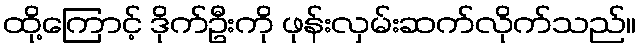
ထို့ကြောင့် ဒိုက်ဦးကို ဖုန်းလှမ်းဆက်လိုက်သည်။